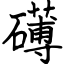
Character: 礡